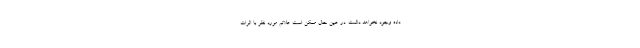
داده وجود نخواهد داشت. در عین حال ممکن است علائم مورد نظر با اثرات